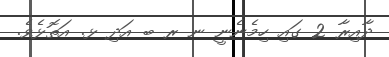
ދާއިރާ 2 ގައި ހިމެނެނީ ނ ރ ބ އަދި ޅ. އަތޮޅެވެ.